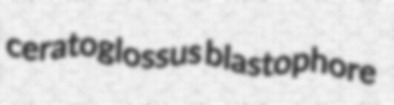
ceratoglossus blastophore